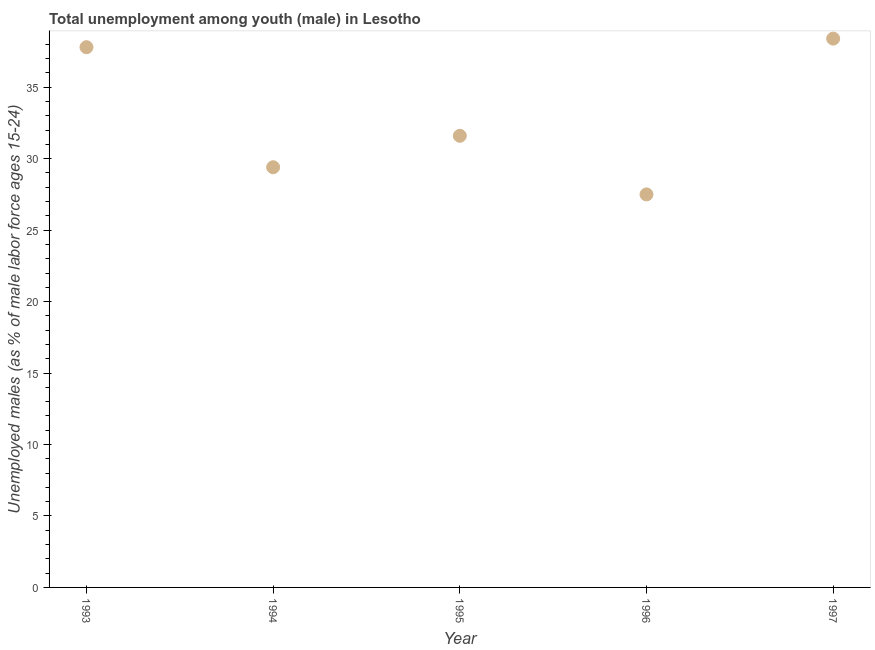
| Year | Unemployment |
 | --- | --- |
 | 1993 | 37.8 |
 | 1994 | 29.4 |
 | 1995 | 31.6 |
 | 1996 | 27.5 |
 | 1997 | 38.4 |